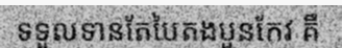
ទទួលទានតែបៃតងបួនកែវ គឺ